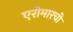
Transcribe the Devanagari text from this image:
एरोमारची